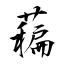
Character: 藊